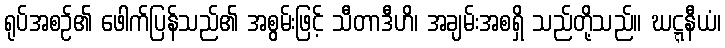
ရုပ်အစဉ်၏ ဖေါက်ပြန်သည်၏ အစွမ်းဖြင့် သီတာဒီဟိ၊ အချမ်းအစရှိ သည်တို့သည်။ ဃဋ္ဋနီယံ၊